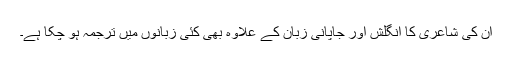
ان کی شاعری کا انگلش اور جاپانی زبان کے علاوہ بھی کئی زبانوں میں ترجمہ ہو چکا ہے۔